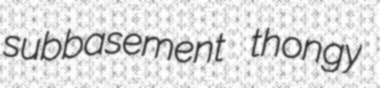
subbasement thongy